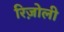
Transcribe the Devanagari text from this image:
रिज़ोली